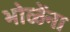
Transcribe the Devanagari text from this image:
भोळेंना